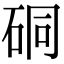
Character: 硐